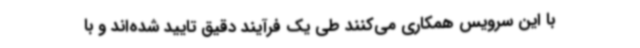
با این سرویس همکاری می‌کنند طی یک فرآیند دقیق تایید شده‌اند و با